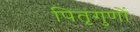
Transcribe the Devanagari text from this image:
पितृगुणों